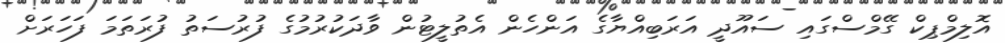
އޮލިމްޕިކް ގޭމްސްގައި ސައޫދީ އަރަބިއްޔާގެ އަންހެން އެތުލީޓުން ވާދަކުރުމުގެ ފުރުސަތު ފުރަތަމަ ފަހަރަށް